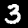
Label: 3